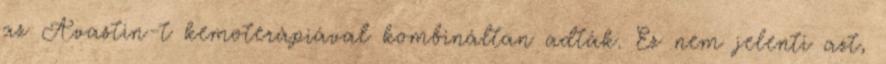
az Avastin-t kemoterápiával kombináltan adták. Ez nem jelenti azt,